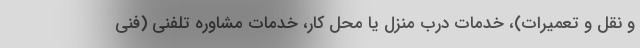
و نقل و تعمیرات)، خدمات درب منزل يا محل كار، خدمات مشاوره تلفنی (فنی